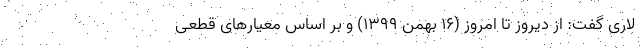
لاری گفت: از دیروز تا امروز (۱۶ بهمن ۱۳۹۹) و بر اساس معیارهای قطعی